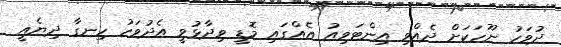
ދުވަހު ނޫހަކަށް ދެއްވި އިންޓަވިއު އެއްގައި މޮޑީ ވިދާޅުވީ އެދުވަހު ހިނގާ ދިޔެއީ